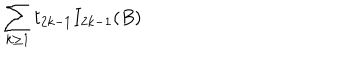
{ \sum _ { k \ge 1 } t _ { 2 k - 1 } I _ { 2 k - 1 } ( B ) }